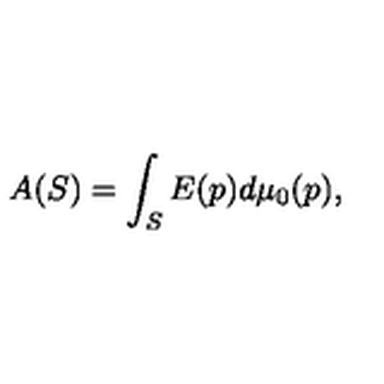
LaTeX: A ( S ) = \int _ { S } E ( p ) d \mu _ { 0 } ( p ) ,